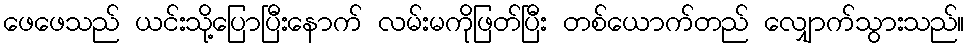
ဖေဖေသည် ယင်းသို့ပြောပြီးနောက် လမ်းမကိုဖြတ်ပြီး တစ်ယောက်တည် လျှောက်သွားသည်။